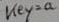
Text: key=a